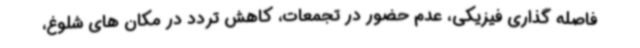
فاصله گذاری فیزیکی، عدم حضور در تجمعات، کاهش تردد در مکان های شلوغ،